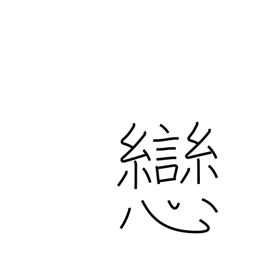
Meaning: darling